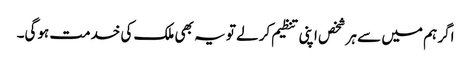
اگر ہم میں سے ہر شخص اپنی تنظیم کرلے تو یہ بھی ملک کی خدمت ہوگی۔